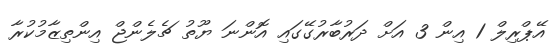
އޭޕްރިލް 1 އިން 3 އަށް ދަރުބާރުގޭގައި އޮންނަ ޔޫތު ޗެލެންޖް އިންތިޒާމުކުރާ